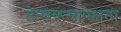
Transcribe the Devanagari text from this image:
लेखकसापेक्षता